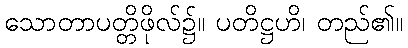
သောတာပတ္တိဖိုလ်၌။ ပတိဋ္ဌဟိ၊ တည်၏။